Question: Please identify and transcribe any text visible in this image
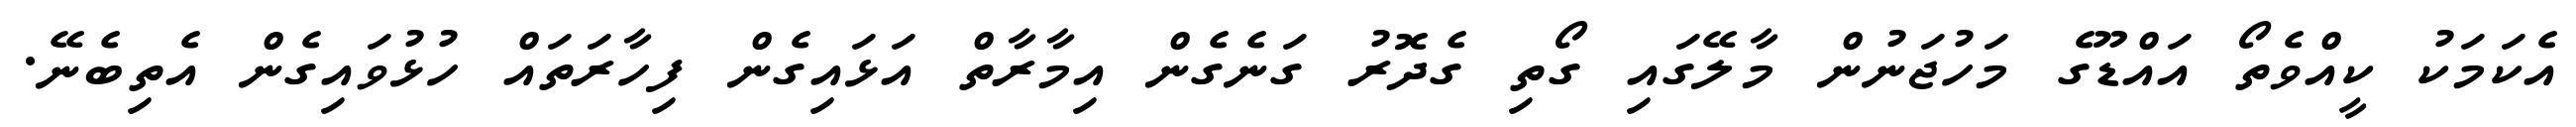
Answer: އެކަމަކު ކީއްވެތޯ އައްޑޫގެ މަހުޖަނުން މާލޭގައި ގޯތި ގެދޮރު ގަނެގެން އިމާރާތް އަޅައިގެން ފިހާރަތައް ހުޅުވައިގެން އެތިބެނޭ.